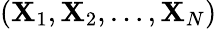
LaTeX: (\mathbf{X}_{1},\mathbf{X}_{2},\dots,\mathbf{X}_{N})